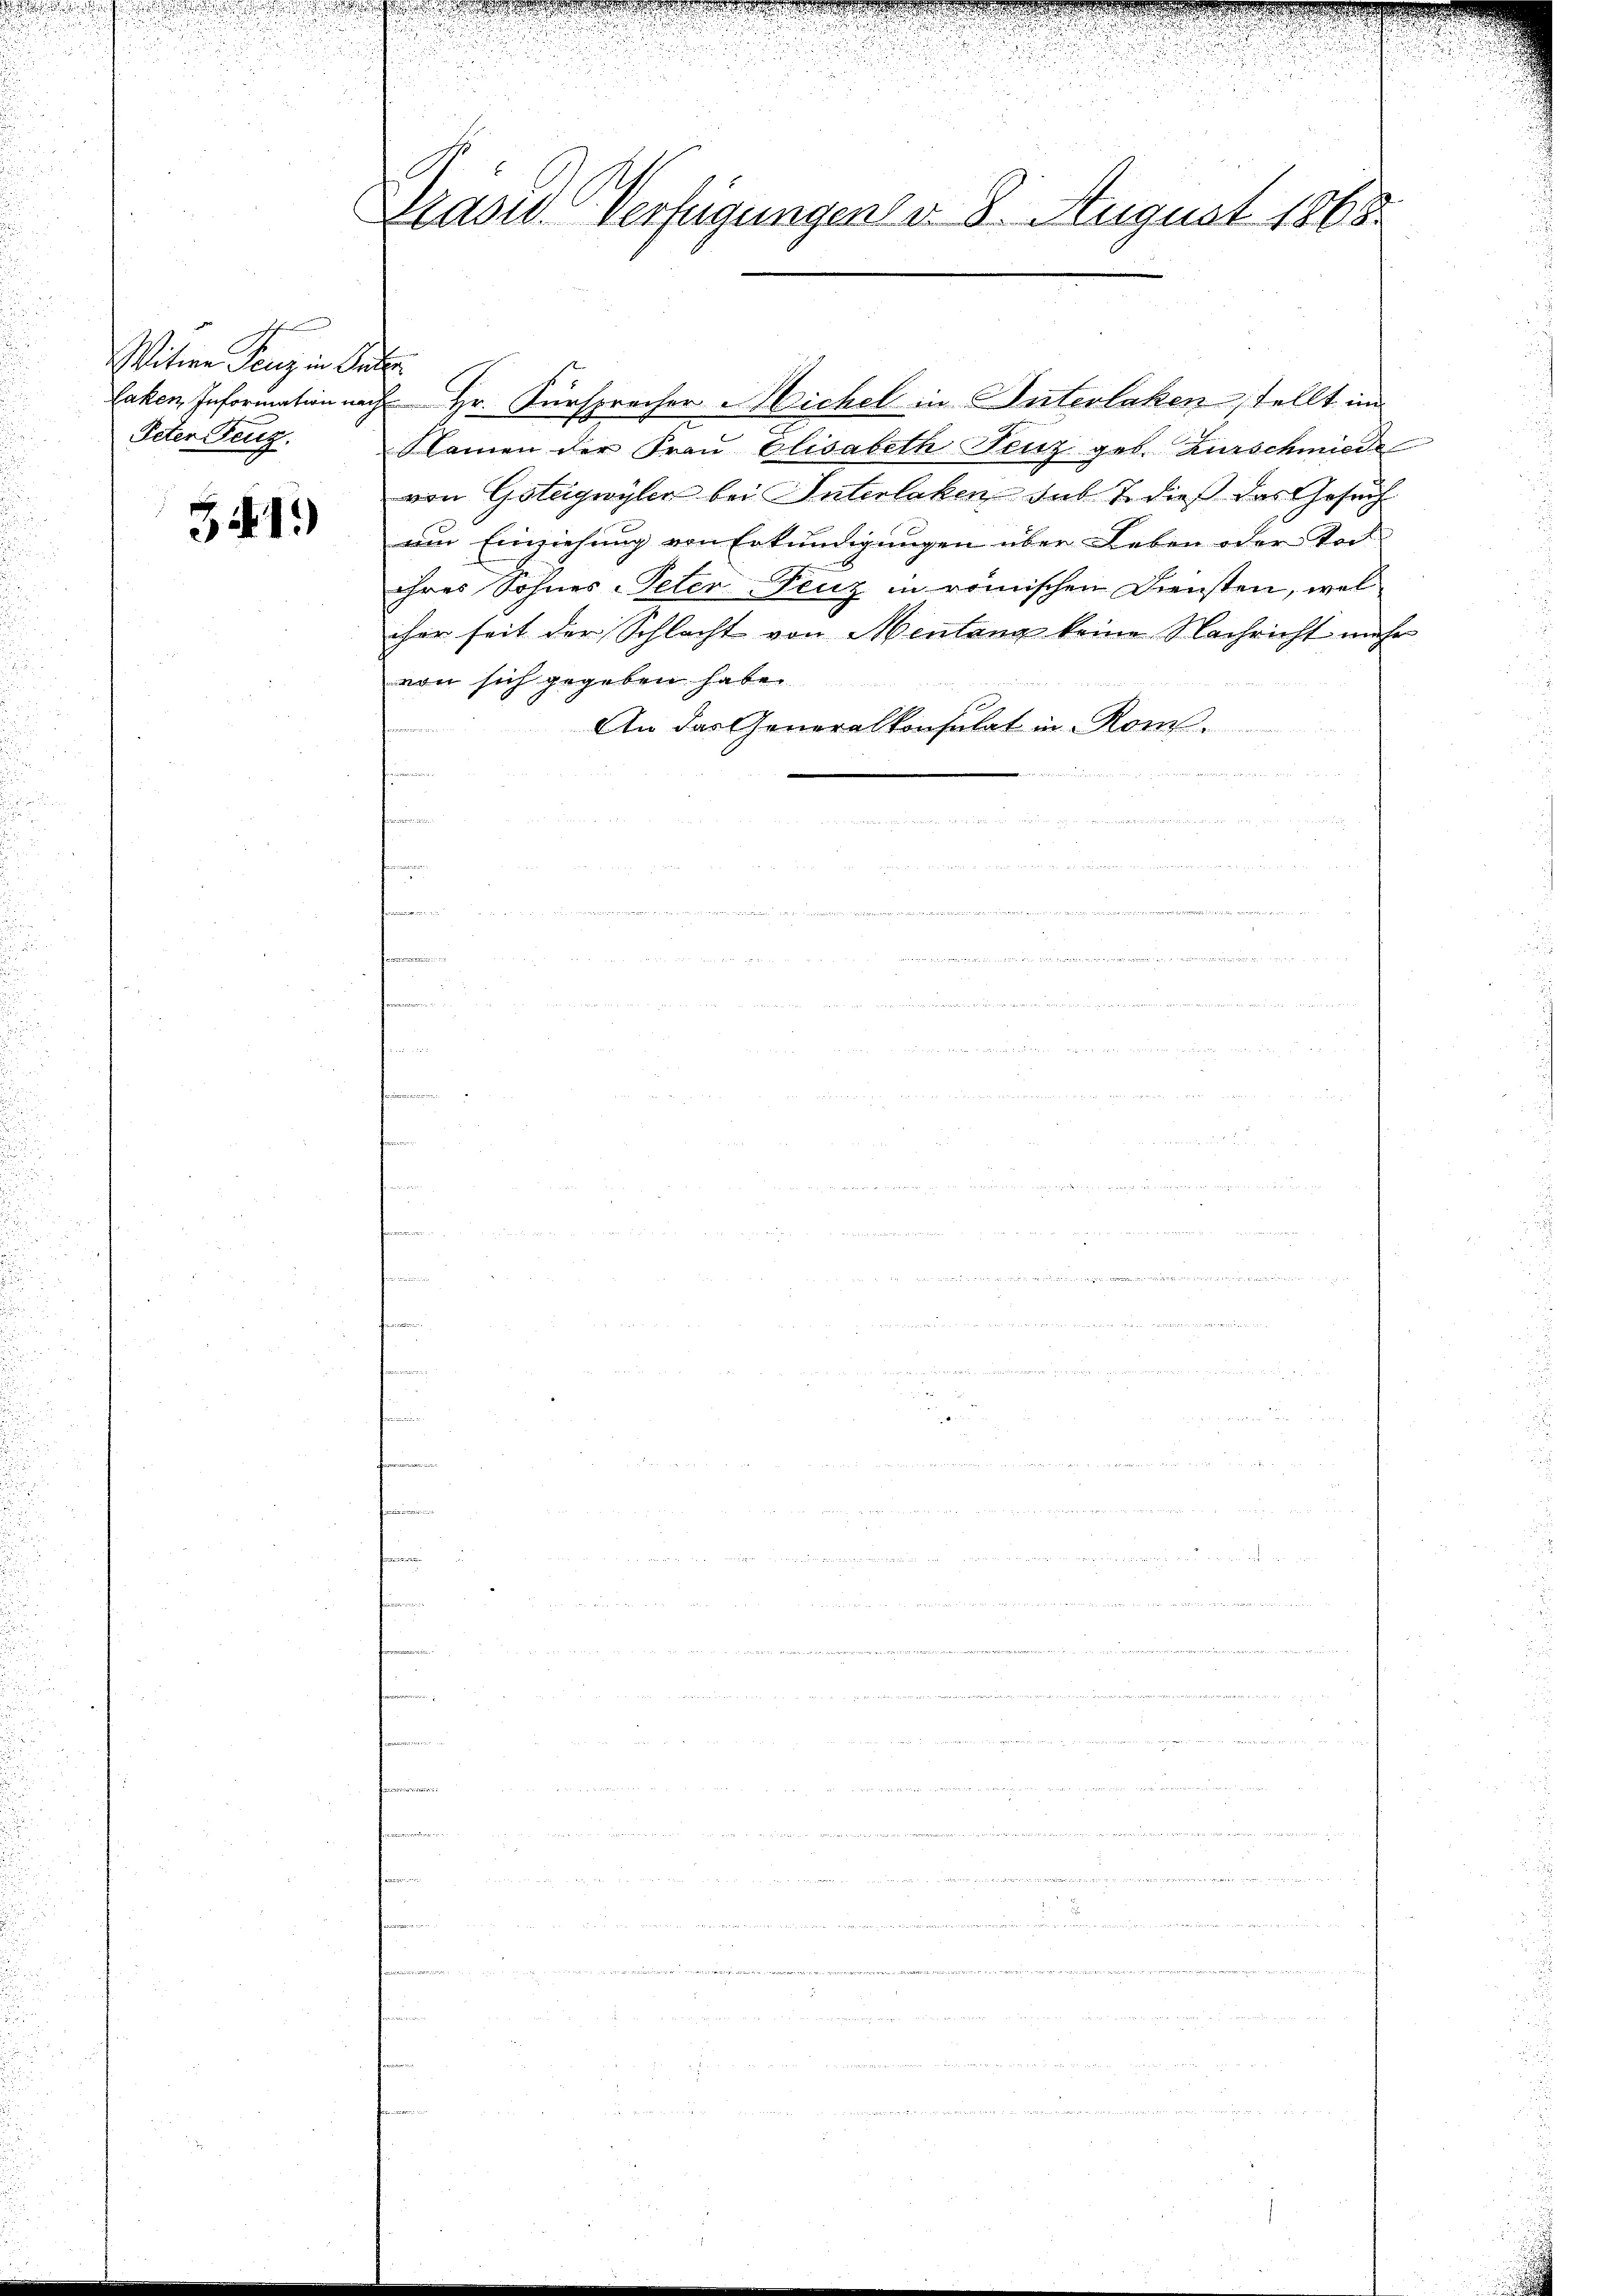
u
Witwe Penz in de
laken Information na
Peter Feug.

541)

C
Kasid verfügungen d. 8. August 1868

h
d Hr. Fürsprecher Michel in Interlaken stellt im
Namen der Fraŭ Elisabeth Lenz geb. Burschmied
von Gsteigwyler bei Interlaken sub 7. dieß das Gesuch
am Einziehung von Erkundigungen über Leben oder Toch
ihres Sohnes Peter-Feuz in römischen Diensten, wel
cher seit der Schlacht von Mentang keine Nachricht mehr
von sich gegeben habe.

An das Generalkonsulat in Rom.
mnen

u